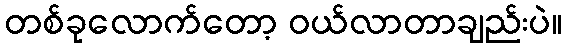
တစ်ခုလောက်တော့ ဝယ်လာတာချည်းပဲ။